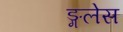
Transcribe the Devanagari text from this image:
ङ्गलेस